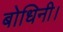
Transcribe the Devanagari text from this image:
बोधिनी।